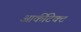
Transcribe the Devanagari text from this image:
आर्कीटेक्ट